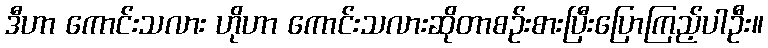
ဒီဟာ ကောင်းသလား ဟိုဟာ ကောင်းသလားဆိုတာစဉ်းစားပြီးပြောကြည့်ပါဦး။